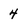
Character: 4